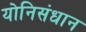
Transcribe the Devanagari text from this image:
योनिसंधान